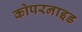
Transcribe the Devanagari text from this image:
कोपरनाइड